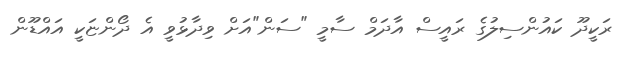
ރަކީދޫ ކައުންސިލުގެ ރައީސް އާދަމް ސާމީ "ސަން"އަށް ވިދާޅުވީ އެ ދޯންޏަކީ އައްޑޫން